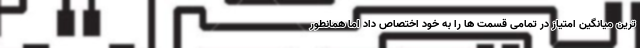
ترین میانگین امتیاز در تمامی قسمت ها را به خود اختصاص داد اما همانطور